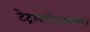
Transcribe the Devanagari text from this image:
टेट्राक्लोरइथायलिन